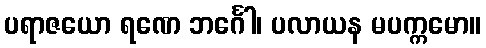
ပရာဇယော ရဏေ ဘင်္ဂေါ၊ ပလာယန မပက္ကမော။